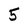
Character: 5